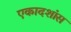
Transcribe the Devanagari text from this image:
एकादशांस